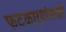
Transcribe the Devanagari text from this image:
फटकाऱ्यांसरशी